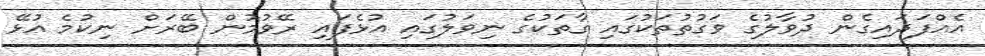
އެއްފަދައިގެން ދުވާލުގެ ވަގުތުތަކުގައި ގާތަކުގެ ނިވަލުގައި އުޅެފައި ރޭވުމުން ބޭރަށް ނިކުމެ އުޅޭ